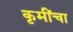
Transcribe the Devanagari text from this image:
कृमींचा